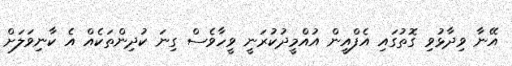
އޭނާ ވިދާޅުވި ގޮތުގައި އެފްއީން އުއްމީދުކުރަނީ ވީހާވެސް ގިނަ ކުދިންތަކެއް އެ ކާނިވަލަށް